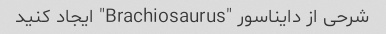
شرحی از دایناسور "Brachiosaurus" ایجاد کنید